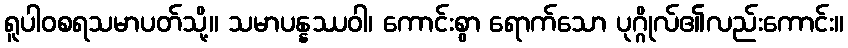
ရူပါဝစရသမာပတ်သို့။ သမာပန္နဿဝါ၊ ကောင်းစွာ ရောက်သော ပုဂ္ဂိုလ်၏လည်းကောင်း။